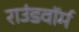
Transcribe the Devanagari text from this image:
राउंडवॉर्म